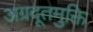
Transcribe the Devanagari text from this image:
अग्रदूतमुक्ति